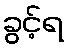
ခွင့်ရ